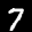
Label: 7